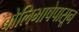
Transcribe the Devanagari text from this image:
बोलिभाषेपासून